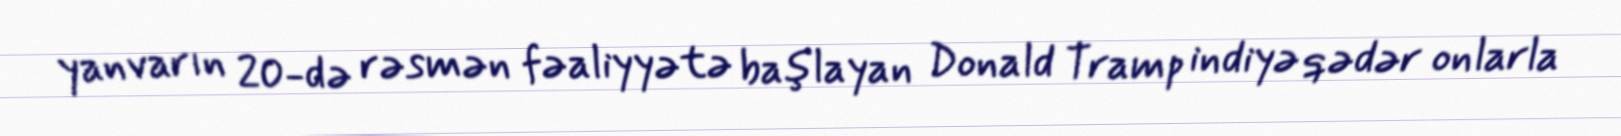
yanvarın 20-də rəsmən fəaliyyətə başlayan Donald Tramp indiyə qədər onlarla